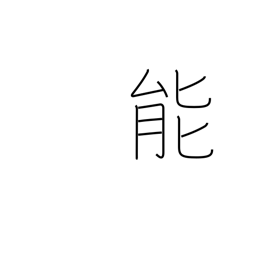
Meaning: talent